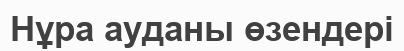
Нұра ауданы өзендері